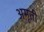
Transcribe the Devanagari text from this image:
अमृती